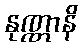
နုဏ္ဏာနိ